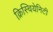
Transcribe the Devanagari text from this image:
क्रिस्चियेनिटी